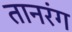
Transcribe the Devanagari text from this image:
तानरंग